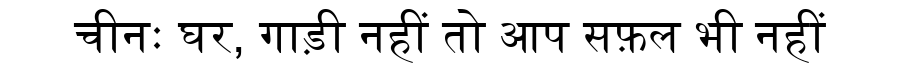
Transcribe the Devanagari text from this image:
चीनः घर, गाड़ी नहीं तो आप सफ़ल भी नहीं